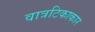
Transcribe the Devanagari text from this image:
वात्रटिकाकार